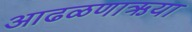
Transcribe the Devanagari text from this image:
आढळणाऋया